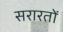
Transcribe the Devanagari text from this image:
सरारतों